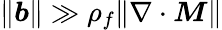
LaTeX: \| \boldsymbol{b}\| \gg\rho_{f}\| \nabla\cdot\boldsymbol{M}\|